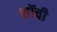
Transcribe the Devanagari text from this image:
शॉची